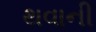
થવાની